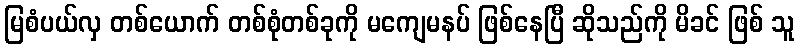
မြစံပယ်လှ တစ်ယောက် တစ်စုံတစ်ခုကို မကျေမနပ် ဖြစ်နေပြီ ဆိုသည်ကို မိခင် ဖြစ် သူ